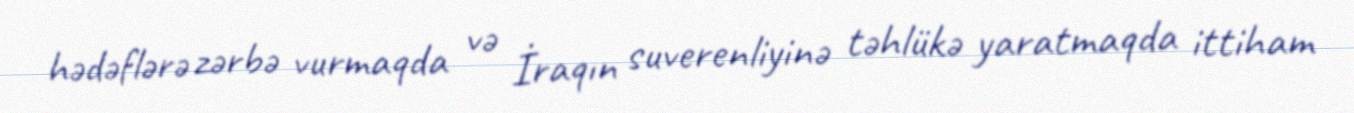
hədəflərə zərbə vurmaqda və İraqın suverenliyinə təhlükə yaratmaqda ittiham